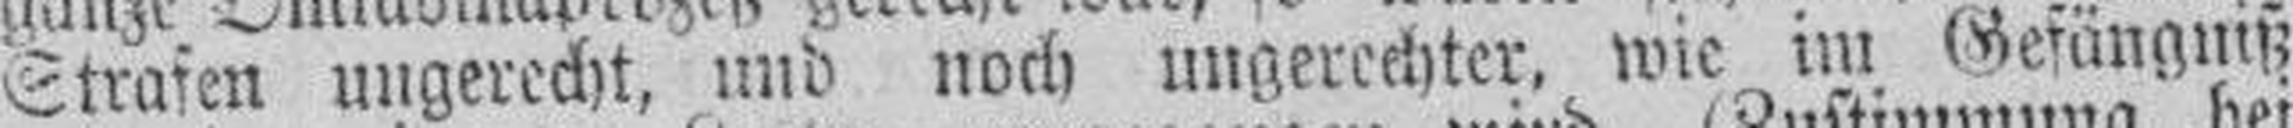
Strafen ungerecht, und noch ungerechter, wie im Gefängniß